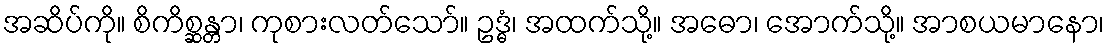
အဆိပ်ကို။ စိကိစ္ဆန္တာ၊ ကုစားလတ်သော်။ ဥဒ္ဓံ၊ အထက်သို့။ အဓော၊ အောက်သို့။ အာစယမာနော၊